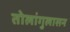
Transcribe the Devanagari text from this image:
तोलांगुलासन